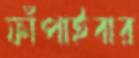
ফাঁপাইবার